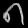
Digit: ၈